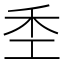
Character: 𫀧